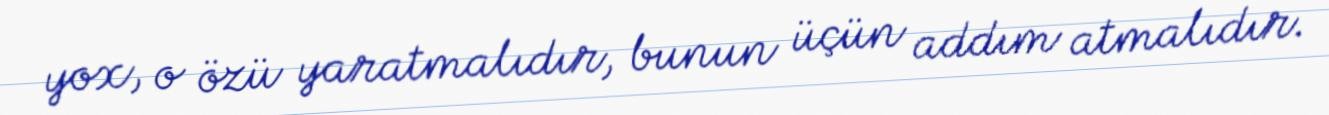
yox, o özü yaratmalıdır, bunun üçün addım atmalıdır.